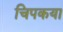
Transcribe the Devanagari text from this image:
चिपकया